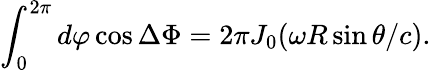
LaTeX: \int_{0}^{2\pi}d\varphi\cos{\Delta\Phi}=2\pi J_{0}(\omega R\sin\theta/c).